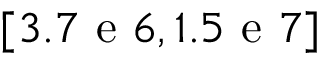
[ 3 . 7 \mathrm { ~ e ~ } 6 , 1 . 5 \mathrm { ~ e ~ } 7 ]